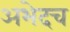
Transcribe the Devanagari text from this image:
अभेदच